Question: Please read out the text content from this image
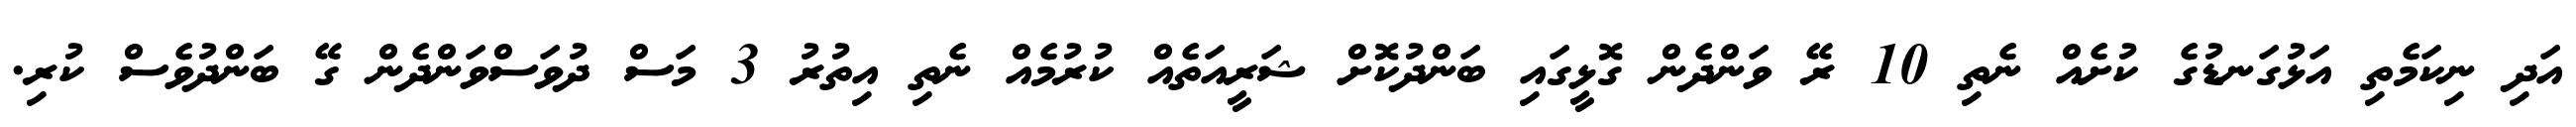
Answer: އަދި ނިކަމެތި އަޅުގަނޑުގެ ކުށެއް ނެތި 10 ރޭ ވަންދެން ގޮޅީގައި ބަންދުކޮށް ޝަރީއަތެއް ކުރުމެއް ނެތި އިތުރު 3 މަސް ދުވަސްވަންދެން ގޭ ބަންދުވެސް ކުރި.